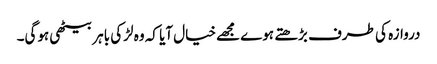
دروازہ کی طرف بڑھتے ہوے مجھےخیال آیا کہ وہ لڑکی باہر بیٹھی ہوگی۔